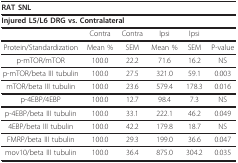
| <COLSPAN=6> RAT SNL |
 | --- | --- | --- | --- | --- | --- |
 | <COLSPAN=6> Injured L5/L6 DRG vs. Contralateral |
 |  | Contra | Contra | Ipsi | Ipsi |  |
 | Protein/Standardization | Mean % | SEM | Mean % | SEM | P-value |
 | p-mTOR/mTOR | 100.0 | 22.2 | 71.6 | 16.2 | NS |
 | p-mTOR/beta III tubulin | 100.0 | 27.5 | 321.0 | 59.1 | 0.003 |
 | mTOR/beta III tubulin | 100.0 | 23.6 | 579.4 | 178.3 | 0.016 |
 | p-4EBP/4EBP | 100.0 | 12.7 | 98.4 | 7.3 | NS |
 | p-4EBP/beta III tubulin | 100.0 | 33.1 | 222.1 | 46.2 | 0.049 |
 | 4EBP/beta III tubulin | 100.0 | 42.2 | 179.8 | 18.7 | NS |
 | FMRP/beta III tubulin | 100.0 | 29.3 | 199.0 | 36.6 | 0.047 |
 | mov10/beta III tubulin | 100.0 | 36.4 | 875.0 | 304.2 | 0.035 |